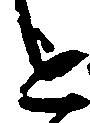
を